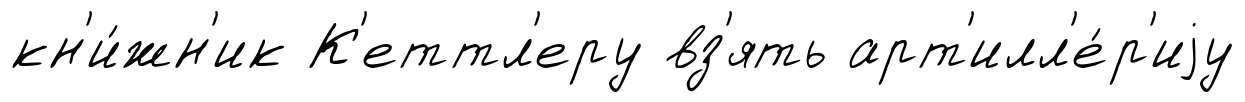
кн'и́жн'ик К'еттл'еру вз'ять арт'илл'е́р'иjу